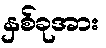
နှစ်ခုအား